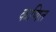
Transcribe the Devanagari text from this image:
कणित